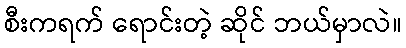
စီးကရက် ရောင်းတဲ့ ဆိုင် ဘယ်မှာလဲ။